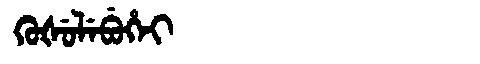
Manchu: ᡴᡠᡧᡠᠯᡝᠪᡠᡥᡝᡳ
Romanization: KUŠULEBUHEI